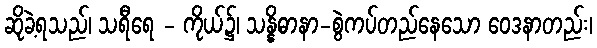
ဆိုခဲ့ရသည်၊ သရီရေ - ကိုယ်၌၊ သန္နိဓာနာ-စွဲကပ်တည်နေသော ဝေဒနာတည်း၊